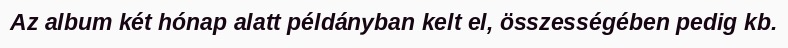
Az album két hónap alatt példányban kelt el, összességében pedig kb.